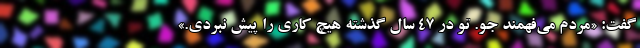
گفت: «مردم می‌فهمند جو. تو در ۴۷ سال گذشته هیچ کاری را پیش نبردی.»